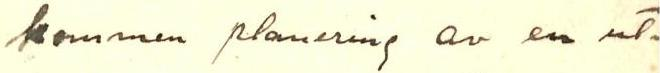
kommen planering av en ut-